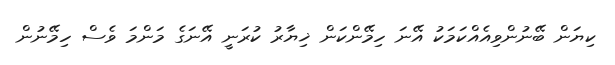
ކިޔަން ބޭނުންވިއެއްކަމަކު އޭނަ ހިމޭންކަން ޚިޔާރު ކުރަނީ އޭނަގެ މަންމަ ވެސް ހިމޭނުން